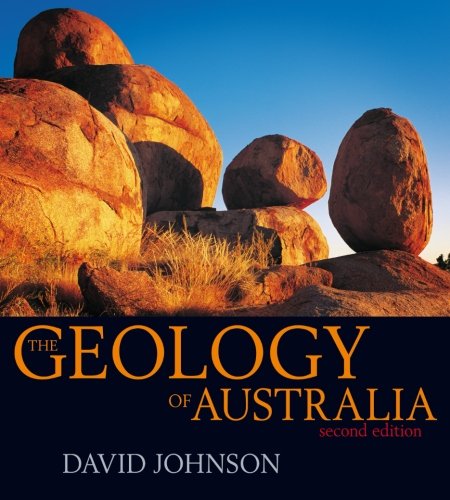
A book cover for The Geology of Australia; David Johnson; Science & Math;